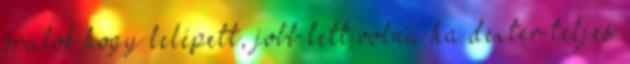
örülök hogy lelépett, jobb lett volna ha dexter teljes